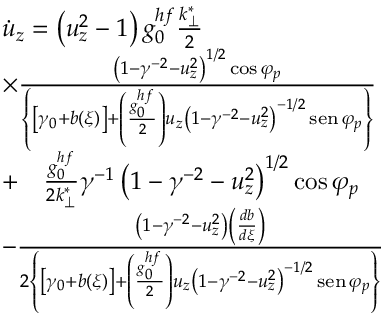
\begin{array} { r l } & { \dot { u } _ { z } = \left( u _ { z } ^ { 2 } - 1 \right) g _ { 0 } ^ { h f } \frac { k _ { \perp } ^ { * } } { 2 } } \\ & { \times \frac { \left( 1 - \gamma ^ { - 2 } - u _ { z } ^ { 2 } \right) ^ { 1 / 2 } \cos \varphi _ { p } } { \left\{ \left[ \gamma _ { 0 } + b ( \xi ) \right] + \left( \frac { g _ { 0 } ^ { h f } } { 2 } \right) u _ { z } \left( 1 - \gamma ^ { - 2 } - u _ { z } ^ { 2 } \right) ^ { - 1 / 2 } \operatorname { s e n } \varphi _ { p } \right\} } } \\ & { + \quad \frac { g _ { 0 } ^ { h f } } { 2 k _ { \perp } ^ { * } } \gamma ^ { - 1 } \left( 1 - \gamma ^ { - 2 } - u _ { z } ^ { 2 } \right) ^ { 1 / 2 } \cos \varphi _ { p } } \\ & { - \frac { \left( 1 - \gamma ^ { - 2 } - u _ { z } ^ { 2 } \right) \left( \frac { d b } { d \xi } \right) } { 2 \left\{ \left[ \gamma _ { 0 } + b ( \xi ) \right] + \left( \frac { g _ { 0 } ^ { h f } } { 2 } \right) u _ { z } \left( 1 - \gamma ^ { - 2 } - u _ { z } ^ { 2 } \right) ^ { - 1 / 2 } \operatorname { s e n } \varphi _ { p } \right\} } } \end{array}